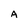
Character: A